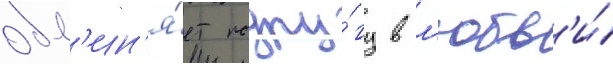
обв'ин'я́ет подру́гу в л'юбв'и́